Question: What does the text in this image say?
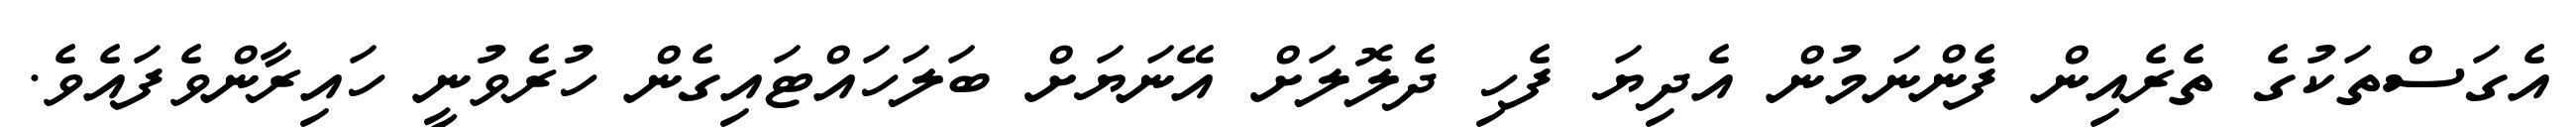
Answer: އެގަސްތަކުގެ ތެރެއިން ފެންނަމުން އެދިޔަ ފެހި ދެލޮލަށް އޭނަޔަށް ބަލަހައްޓައިގެން ހުރެވުނީ ހައިރާންވެފައެވެ.